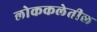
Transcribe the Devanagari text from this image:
लोककलेतील